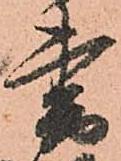
書